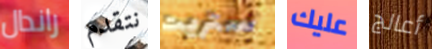
راندال نتقدم ستريت عليك أعالج